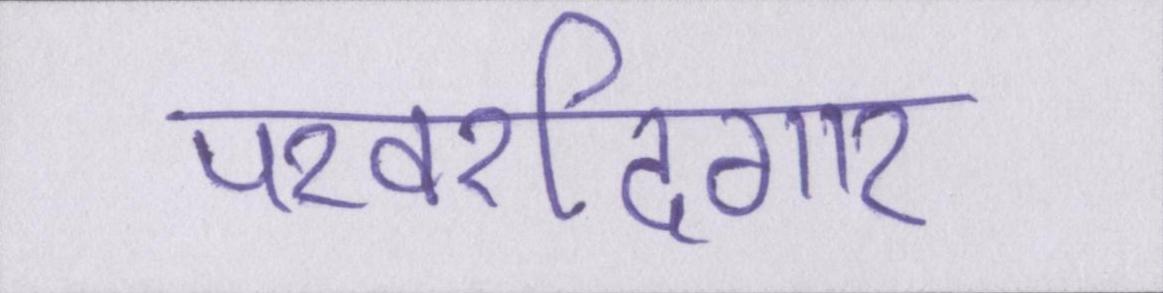
परवरदिगार